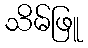
သိမ်ဖြူ